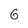
Character: 6